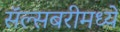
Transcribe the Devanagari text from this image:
सॅल्सबरीमध्ये